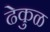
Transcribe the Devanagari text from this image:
ढेकुळ